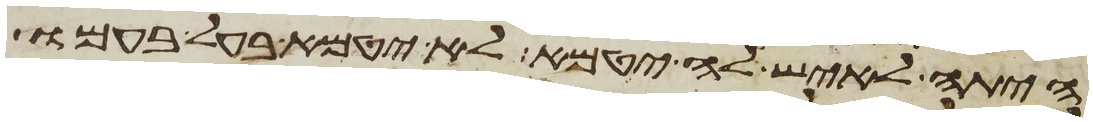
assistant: היתה לאיש לה יטמא לא יטמא בעל בעמו